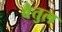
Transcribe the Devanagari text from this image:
बेैतुल